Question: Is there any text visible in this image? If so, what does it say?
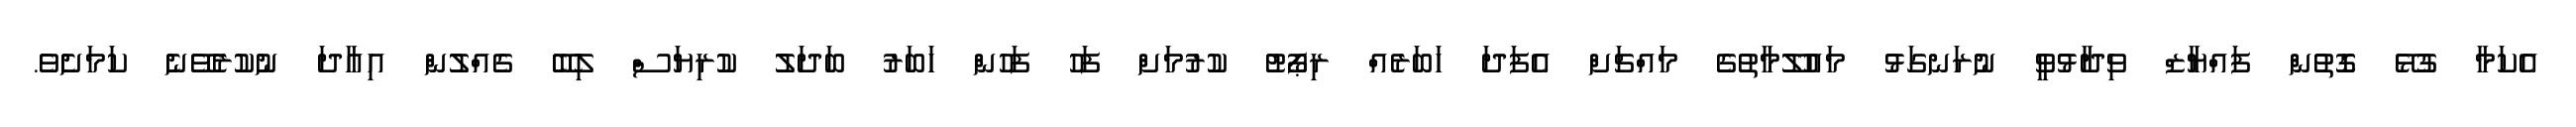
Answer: އެކަމާ ގުޅޭ ގޮތުން ފައްޔާޒް ވިދާޅުވީ ނުރަނގަޅު މައުލޫމާތުގެ މައްޗަށް އެފަދަ ހަބަރެއް ރިޕޯޓު ކުރުމަށް ފަހު ފަހުން ހަބަރު ބަދަލު ކުރިޔަސް ލިބޭ ގެއްލުން އިއާދަ ނުކުރެވޭނެ ކަމަށެވެ.